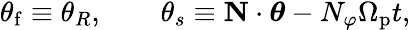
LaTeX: \begin{array}{r}{\theta_{\mathrm{f}}\equiv\theta_{R},\, \, \, \, \, \, \, \, \, \, \, \, \theta_{s}\equiv\mathbf{N}\cdot\boldsymbol{\theta}-N_{\varphi}\Omega_{\mathrm{p}}t,}\end{array}